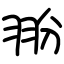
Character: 翂